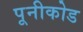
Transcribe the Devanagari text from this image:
पूनीकोड